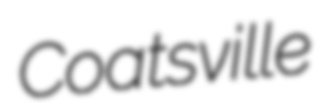
Coatsville